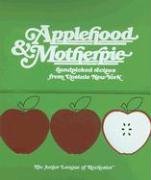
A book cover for Applehood & Motherpie: Handpicked Recipes from Upstate New York; Junior League of Rochester; Cookbooks, Food & Wine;